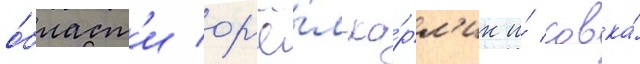
о́бласт'и ор'ё́л-ка́рл'ик и́ совка́